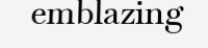
emblazing